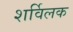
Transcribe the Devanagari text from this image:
शर्विलक